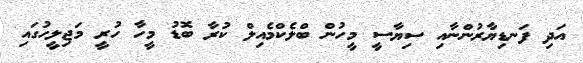
އަދި ފަނޑިޔާރުންނާއި ސިޔާސީ މީހުން ބްލެކްމެއިލް ކުރާ ބޮޑު މީހާ ހުރީ މަޖިލީހުގައި